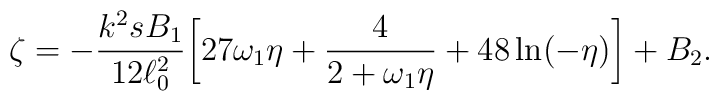
\zeta =-\frac{k^2s B_1}{12\ell _0^2}\biggl[27\omega _1\eta+\frac{4}{2+\omega _1\eta }+48\ln (-\eta )\biggr]+B_2.